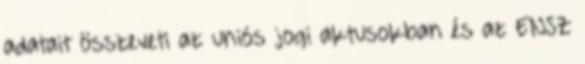
adatait összeveti az uniós jogi aktusokban és az ENSZ